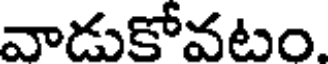
వాడుకోవటం.